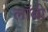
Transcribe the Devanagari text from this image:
लाॅबी